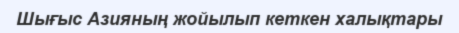
Шығыс Азияның жойылып кеткен халықтары